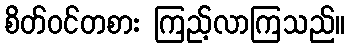
စိတ်ဝင်တစား ကြည့်လာကြသည်။